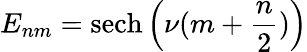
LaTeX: E_{nm}=\mathrm{sech}\left(\nu(m+\frac{n}{2})\right)